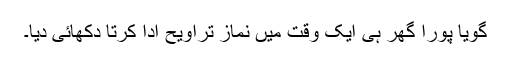
گویا پورا گھر ہی ایک وقت میں نماز تراویح ادا کرتا دکھائی دیا۔